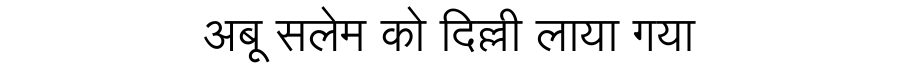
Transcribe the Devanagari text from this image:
अबू सलेम को दिल्ली लाया गया